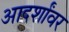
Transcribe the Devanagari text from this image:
आदर्शांवर